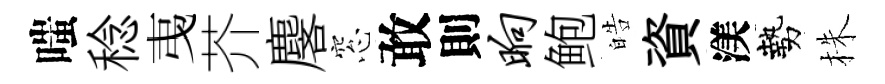
嗤稔𢎯芥麐窓敢則晌鲍皓資渼勢株